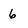
Character: 6